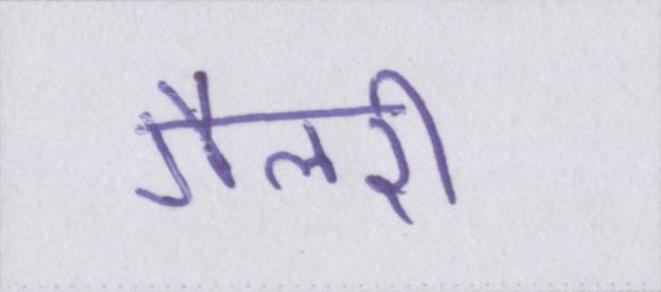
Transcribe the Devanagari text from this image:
गैलरी